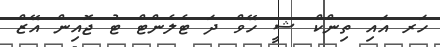
ހަރ އައި ތިންކް ޝީ ހޭވް ދަ ޓެލެންޓް ޓު ޖޮއިން އޭޒް